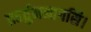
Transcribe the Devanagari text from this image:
प्रहर्तुमनागसि।